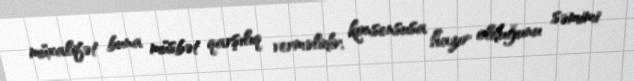
müxalifət buna müsbət qarşılıq verməlidir, konsensusa hazır olduğunu səmimi